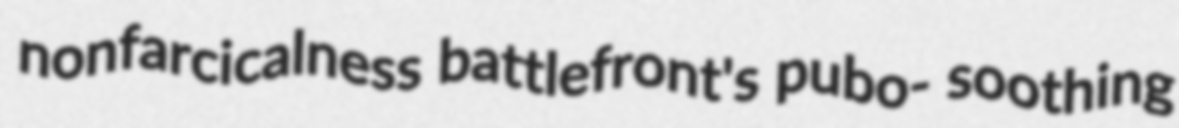
nonfarcicalness battlefront's pubo- soothing